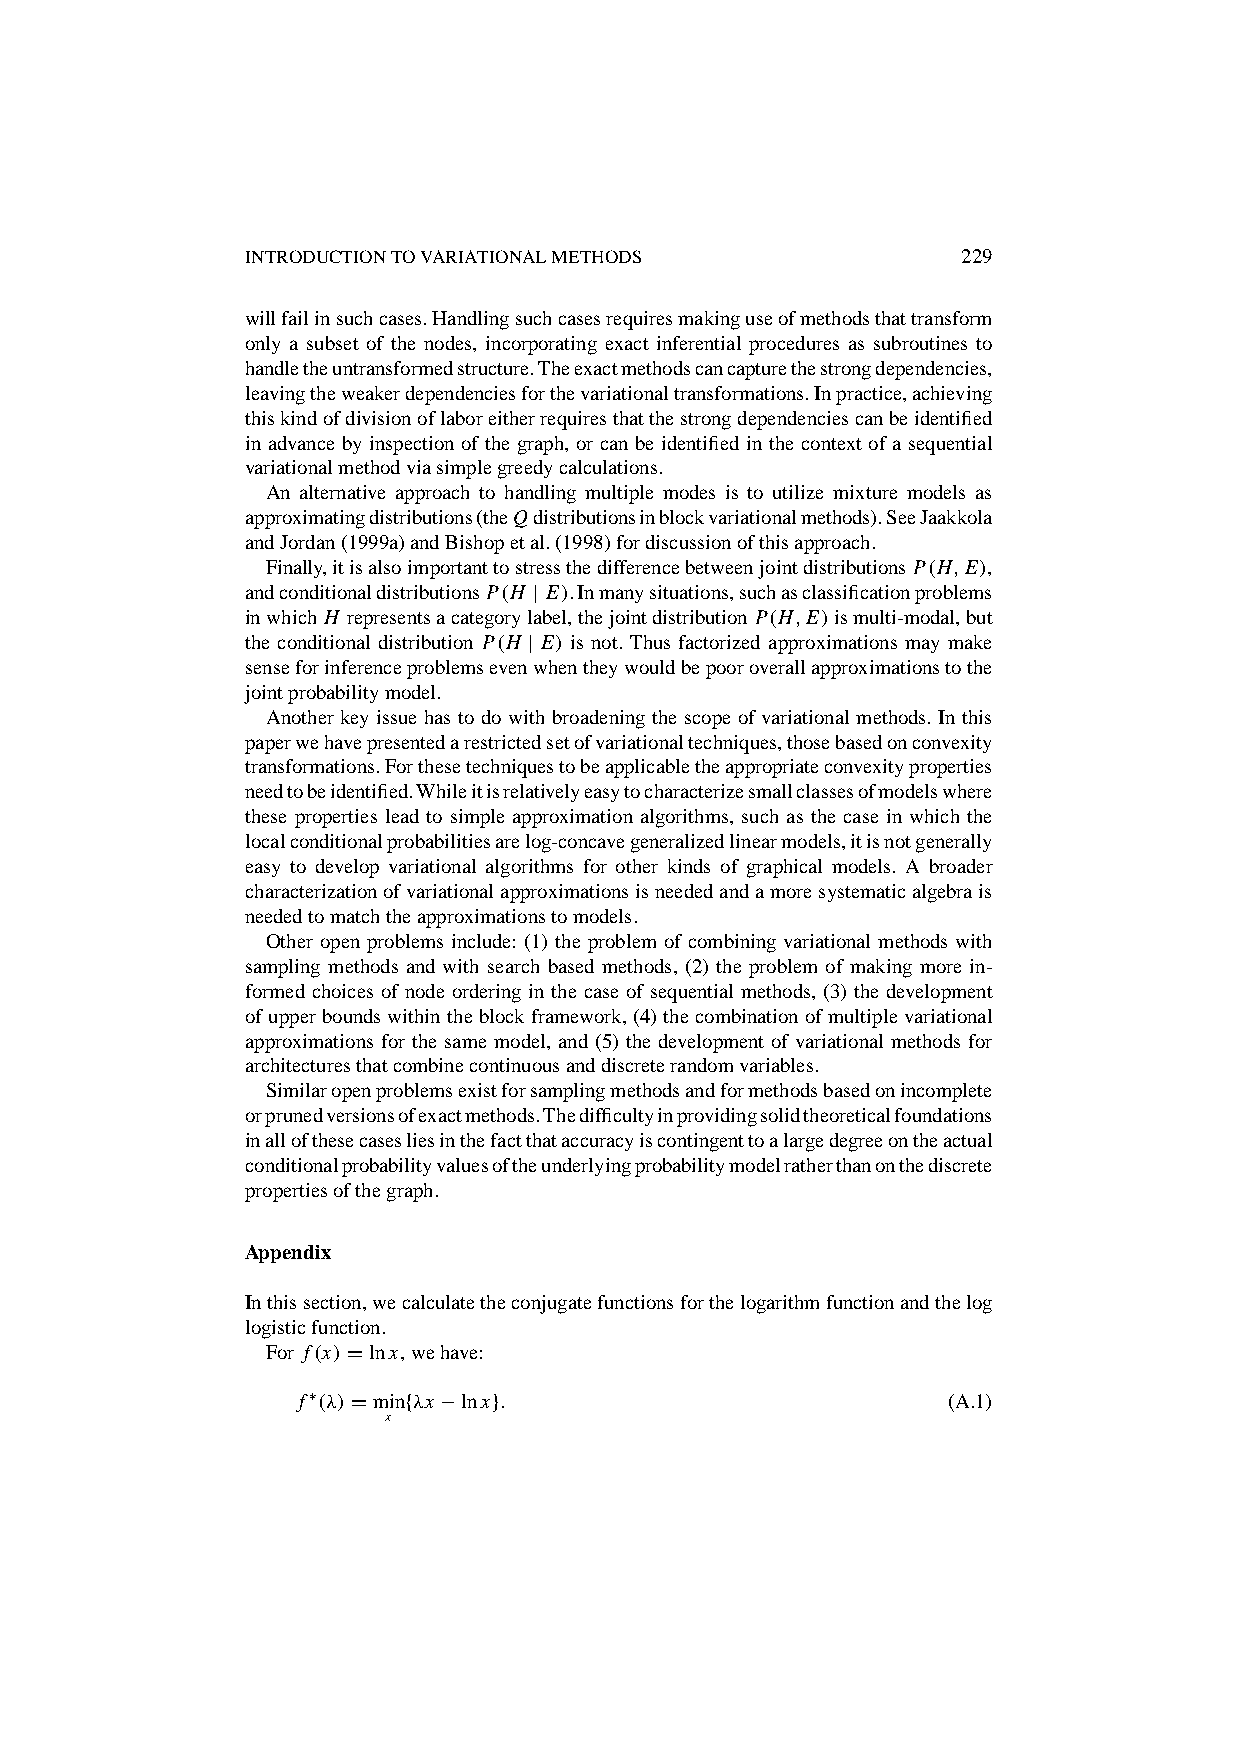
INTRODUCTIONTOVARIATIONALMETHODS                229
 willfailinsuchcases.Handlingsuchcasesrequiresmakinguseofmethodsthattransform
 only a subset of the nodes, incorporating exact inferential procedures as subroutines to
 handletheuntransformedstructure.Theexactmethodscancapturethestrongdependencies,
 leavingtheweakerdependenciesforthevariationaltransformations.Inpractice,achieving
 thiskindofdivisionoflaboreitherrequiresthatthestrongdependenciescanbeidentified
 in advance by inspection of the graph, or can be identified in the context of a sequential
 variationalmethodviasimplegreedycalculations.
 An alternative approach to handling multiple modes is to utilize mixture models as
 approximatingdistributions(theQdistributionsinblockvariationalmethods).SeeJaakkola
 andJordan(1999a)andBishopetal.(1998)fordiscussionofthisapproach.
 Finally,itisalsoimportanttostressthedifferencebetweenjointdistributions P.H;E/,
 andconditionaldistributionsP.H j E/.Inmanysituations,suchasclassificationproblems
 inwhich H representsacategorylabel,thejointdistribution P.H;E/ismulti-modal,but
 the conditional distribution P.H j E/ is not. Thus factorized approximations may make
 senseforinferenceproblemsevenwhentheywouldbepooroverallapproximationstothe
 jointprobabilitymodel.
 Another key issue has to do with broadening the scope of variational methods. In this
 paperwehavepresentedarestrictedsetofvariationaltechniques,thosebasedonconvexity
 transformations.Forthesetechniquestobeapplicabletheappropriateconvexityproperties
 needtobeidentified.Whileitisrelativelyeasytocharacterizesmallclassesofmodelswhere
 these properties lead to simple approximation algorithms, such as the case in which the
 localconditionalprobabilitiesarelog-concavegeneralizedlinearmodels,itisnotgenerally
 easy to develop variational algorithms for other kinds of graphical models. A broader
 characterizationofvariationalapproximationsisneededandamoresystematicalgebrais
 neededtomatchtheapproximationstomodels.
 Other open problems include: (1) the problem of combining variational methods with
 sampling methods and with search based methods, (2) the problem of making more in-
 formed choices of node ordering in the case of sequential methods, (3) the development
 ofupperboundswithintheblockframework,(4)thecombinationofmultiplevariational
 approximations for the same model, and (5) the development of variational methods for
 architecturesthatcombinecontinuousanddiscreterandomvariables.
 Similaropenproblemsexistforsamplingmethodsandformethodsbasedonincomplete
 orprunedversionsofexactmethods.Thedifficultyinprovidingsolidtheoreticalfoundations
 inallofthesecasesliesinthefactthataccuracyiscontingenttoalargedegreeontheactual
 conditionalprobabilityvaluesoftheunderlyingprobabilitymodelratherthanonthediscrete
 propertiesofthegraph.
 Appendix
 Inthissection,wecalculatetheconjugatefunctionsforthelogarithmfunctionandthelog
 logisticfunction.
 For f.x/Dlnx,wehave:
 f⁄.‚/Dminf‚x ¡lnxg:                        (A.1)
 x